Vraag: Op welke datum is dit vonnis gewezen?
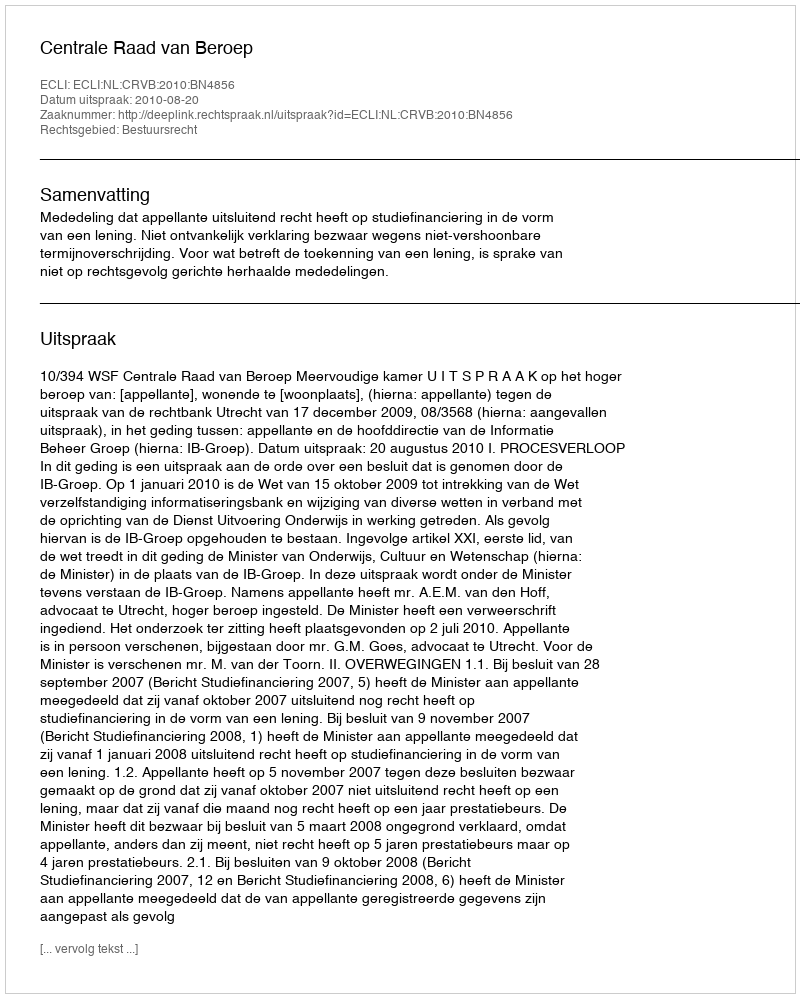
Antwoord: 2010-08-20